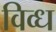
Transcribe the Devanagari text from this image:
विव्ध